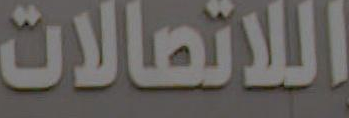
اللاتصالات